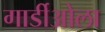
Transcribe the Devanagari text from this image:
गार्डीओला